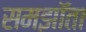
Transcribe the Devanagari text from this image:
समझॉता